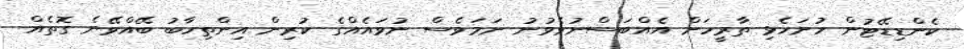
ކެންޑިޑޭޓުން ހުށަހެޅި ތާރީހަށް އެއްބަސްނުވެވުނު ނަމަވެސް ނުވައެއްގެ ކުރިން އިންތިހާބު ބޭއްވޭނެ ގޮތެއް